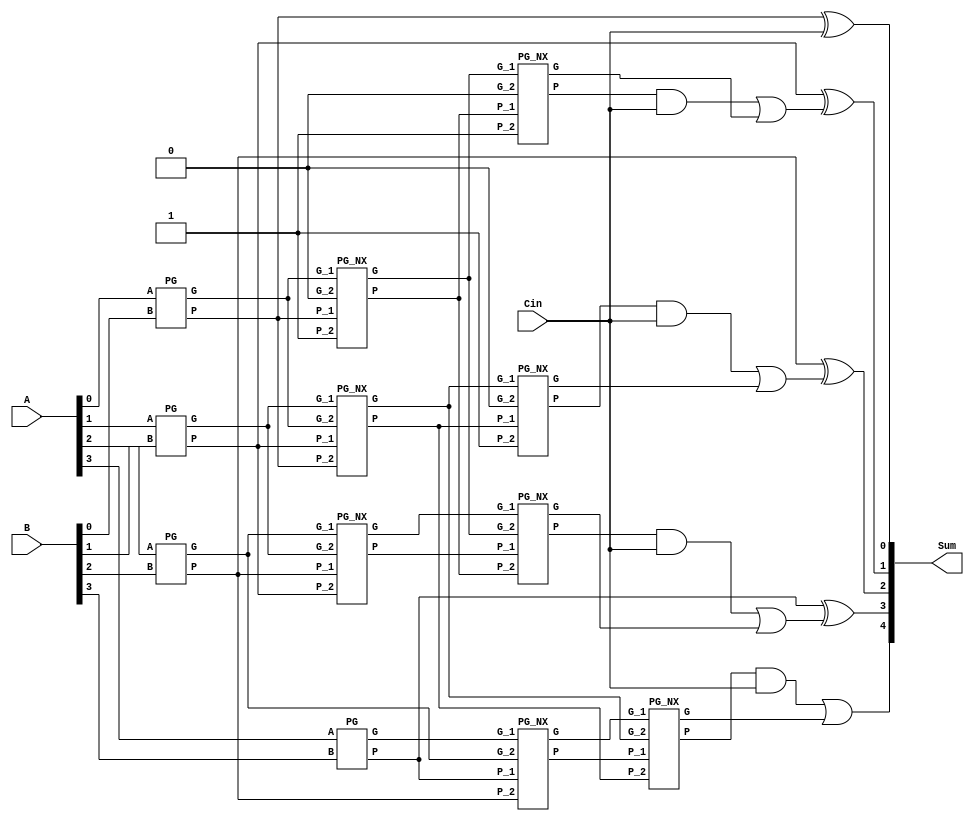
// 4 bit Kogge Stone

module Kogge (A,B,Cin,Sum);

parameter N = 4;

input [N-1:0] A, B;
input Cin;
output [N:0] Sum;

wire P[3:1][N-1:-N/2];
wire G[3:1][N-1:-N/2];

wire [N:0] C;
wire [N-1:0] S;

assign C[0] = Cin;


// Make the wires 1 for the next stages

genvar a1, a2;

generate 
	for (a1=1; a1<3; a1=a1+1) begin: ini1
		for (a2=-N/2; a2<0; a2=a2+1) begin: ini2
			assign P[a1][a2] = 1'b1;
			assign G[a1][a2] = 1'b0;
		end
	end
endgenerate



// Stage - 1

genvar i;

generate
	for (i=0; i<N; i=i+1) begin : stage1
		PG I1 (A[i], B[i], P[1][i], G[1][i]);
	end
endgenerate


// Stage - 2

genvar j;

generate
	for (j=0; j<N; j=j+1) begin : stage2
		PG_NX I2 (P[1][j], G[1][j], P[1][j-1], G[1][j-1], P[2][j], G[2][j]);
	end
endgenerate


// Stage - 3

genvar k;

generate
	for (k=0; k<4; k=k+1) begin : stage3
		PG_NX I3 (P[2][k], G[2][k], P[2][k-2], G[2][k-2], P[3][k], G[3][k]);
	end
endgenerate

// Carry
genvar m;

generate
	for(m=0; m<N; m=m+1) begin: carry
		assign C[m+1] = (P[3][m] & C[0]) | G[3][m];
	end
endgenerate

// Sum
genvar n;

generate
	for(n=0; n<N; n=n+1) begin : sum
		assign S[n] = P[1][n] ^ C[n];		
	end
endgenerate

assign Sum = {C[4],S};

endmodule


module PG(A, B, P, G);
input A, B;
output reg P, G;

always@(*)
begin
	P = A ^ B;
	G = A & B;
end
endmodule


module PG_NX(P_1, G_1, P_2, G_2, P, G);
input P_1, G_1, P_2, G_2;
output reg P,G;

always@(*)
begin
	P = P_1 & P_2;				// P_i . P_{i-1}
	G = (P_1 & G_2) | G_1;		// (G_i + (P_i . G_{i-1}))
end
endmodule




////4 bit Kogge Stone

// module Kogge (A,B,Cin,Sum);

// parameter N = 4;

// input [3:0] A, B;
// input Cin;
// output [4:0] Sum;

// wire P[3:1][N-1:0];
// wire G[3:1][N-1:0];

// wire [N:0] C;
// wire [N-1:0] S;

// assign C[0] = Cin;

////Stage - 1

// genvar i;

// generate
	// for (i=0; i<4; i=i+1) begin : stage1
		// assign P[1][i] = A[i] ^ B[i]; 
		// assign G[1][i] = A[i] & B[i];
	// end
// endgenerate


////Stage - 2

// genvar j;

// assign P[2][0] = P[1][0];
// assign G[2][0] = G[1][0];

// generate
	// for (j=1; j<4; j=j+1) begin : stage2
		
		// assign P[2][j] = P[1][j] & P[1][j-1];
		// assign G[2][j] = G[1][j] | (P[1][j] & G[1][j-1]);
		
	// end
// endgenerate


////Stage - 3

// genvar k;

// assign P[3][0] = P[2][0];
// assign G[3][0] = G[2][0];

// assign P[3][1] = P[2][1];
// assign G[3][1] = G[2][1];

// generate
	
	// for (k=2; k<4; k=k+1) begin : stage3
		// assign P[3][k] = P[2][k] & P[2][k-2];
		// assign G[3][k] = G[2][k] | (P[2][k] & G[2][k-2]);
		
	// end
// endgenerate

// assign C[1] = (P[1][0] & C[0]) | G[1][0];
// assign C[2] = (P[2][1] & C[0]) | G[2][1];
// assign C[3] = (P[3][2] & C[0]) | G[3][2];
// assign C[4] = (P[3][3] & C[0]) | G[3][3];


// genvar l;

// generate
	// for(l=0; l<4; l=l+1) begin : sum
		
		// assign S[l] = P[1][l] ^ C[l];
		
	// end
// endgenerate

// assign Sum = {C[4],S};

// endmodule